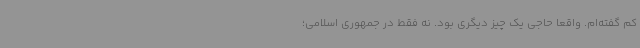
کم گفته‌ام. واقعاً حاجی یک چیز دیگری بود. نه فقط در جمهوری اسلامی؛